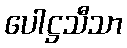
ပေါဋ္ဌသီသာ